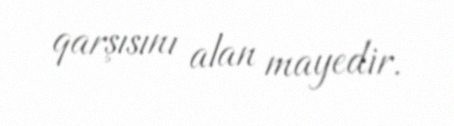
qarşısını alan mayedir.